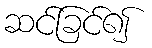
ဆင်ခြင်၍